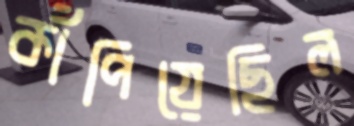
কাঁপিয়েছিল